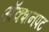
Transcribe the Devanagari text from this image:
अॅक्शनपट